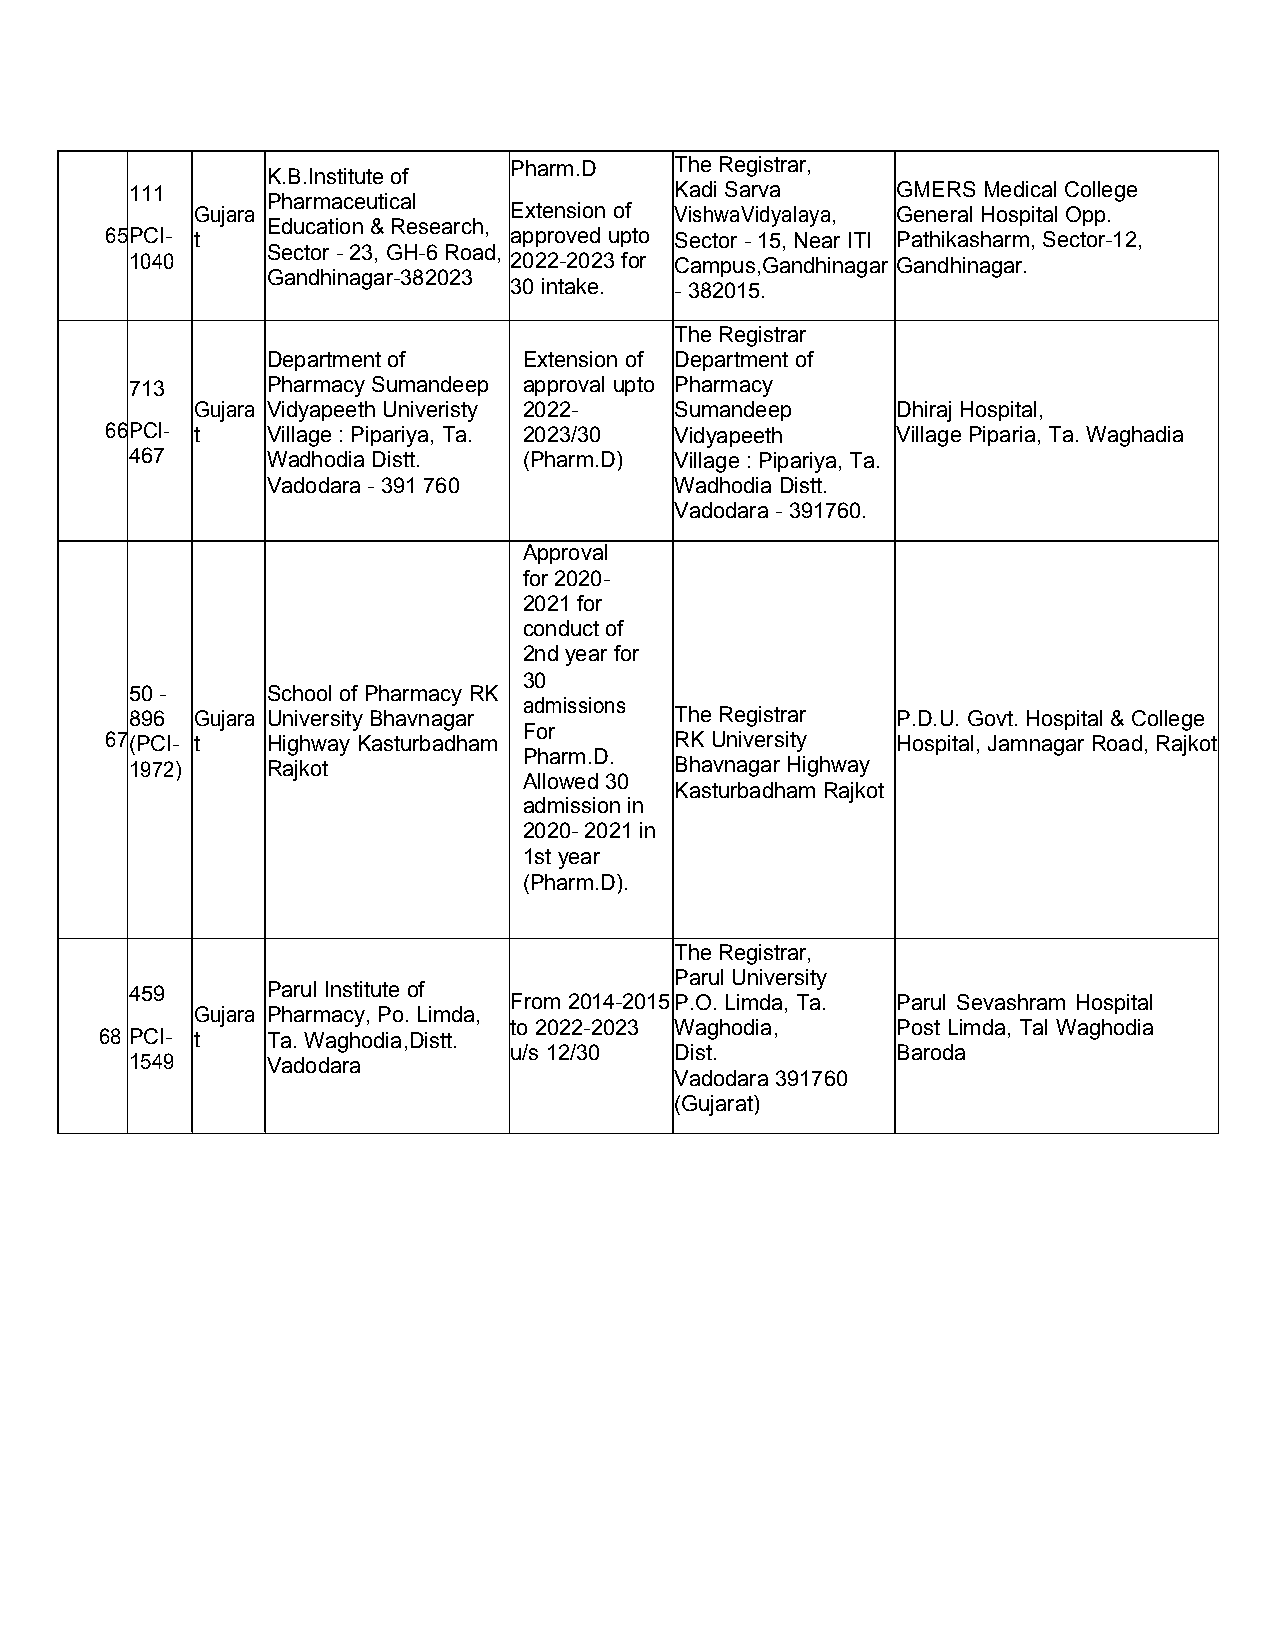
Pharm.D    TheRegistrar,
 K.B.Instituteof
 111                                 Kadi Sarva    GMERS MedicalCollege
 Pharmaceutical
 Gujara               Extension of VishwaVidyalaya, General HospitalOpp.
 Education&Research,
 65PCI- t                   approved upto Sector -15,Near ITI Pathikasharm,Sector-12,
 Sector -23,GH-6Road,
 1040                     2022-2023 for Campus,Gandhinagar Gandhinagar.
 Gandhinagar-382023
 30 intake. - 382015.
 TheRegistrar
 Departmentof     Extension of Department of
 713      PharmacySumandeep approvalupto Pharmacy
 Gujara Vidyapeeth Univeristy 2022- Sumandeep  DhirajHospital,
 66PCI- t   Village:Pipariya, Ta. 2023/30 Vidyapeeth VillagePiparia,Ta.Waghadia
 467      WadhodiaDistt.   (Pharm.D) Village:Pipariya,Ta.
 Vadodara- 391760           WadhodiaDistt.
 Vadodara - 391760.
 Approval
 for 2020-
 2021 for
 conductof
 2ndyear for
 30
 50 -     SchoolofPharmacy RK
 admissions
 896 Gujara UniversityBhavnagar      TheRegistrar  P.D.U.Govt.Hospital & College
 For
 67(PCI- t  Highway Kasturbadham       RKUniversity  Hospital,Jamnagar Road,Rajkot
 Pharm.D.
 1972)    Rajkot                     Bhavnagar Highway
 Allowed 30
 Kasturbadham Rajkot
 admissionin
 2020- 2021 in
 1styear
 (Pharm.D).
 TheRegistrar,
 Parul University
 459      ParulInstitute of
 From 2014-2015P.O. Limda, Ta. Parul Sevashram Hospital
 Gujara Pharmacy, Po. Limda,
 to 2022-2023 Waghodia,   Post Limda, Tal Waghodia
 68 PCI- t  Ta.Waghodia,Distt.
 u/s 12/30  Dist.         Baroda
 1549     Vadodara
 Vadodara 391760
 (Gujarat)